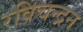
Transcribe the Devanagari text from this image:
रविचन्द्रन